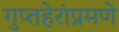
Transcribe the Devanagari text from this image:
गुप्तहेरांप्रमणे